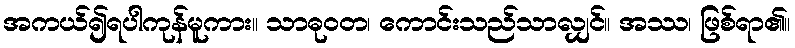
အကယ်၍ရပါကုန်မူကား။ သာဓုဝတ၊ ကောင်းသည်သာလျှင်။ အဿ၊ ဖြစ်ရာ၏။